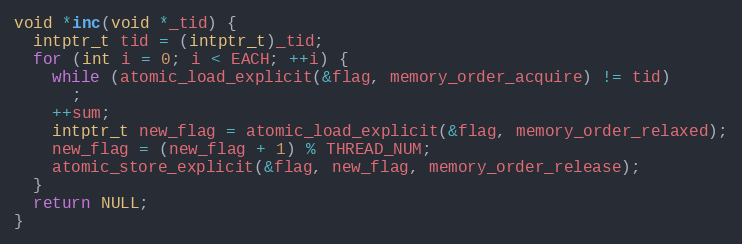
Language: C
void *inc(void *_tid) {
  intptr_t tid = (intptr_t)_tid;
  for (int i = 0; i < EACH; ++i) {
    while (atomic_load_explicit(&flag, memory_order_acquire) != tid)
      ;
    ++sum;
    intptr_t new_flag = atomic_load_explicit(&flag, memory_order_relaxed);
    new_flag = (new_flag + 1) % THREAD_NUM;
    atomic_store_explicit(&flag, new_flag, memory_order_release);
  }
  return NULL;
}